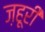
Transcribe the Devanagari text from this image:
ज़हूरी